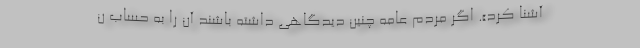
آشنا کرد». اگر مردم عامه چنین دیدگاهی داشته باشند آن را به حساب ن